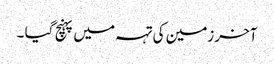
آخر زمین کی تہہ میں پہنچ گیا ۔